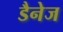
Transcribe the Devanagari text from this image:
डैनेज